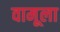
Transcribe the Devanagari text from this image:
वामूला